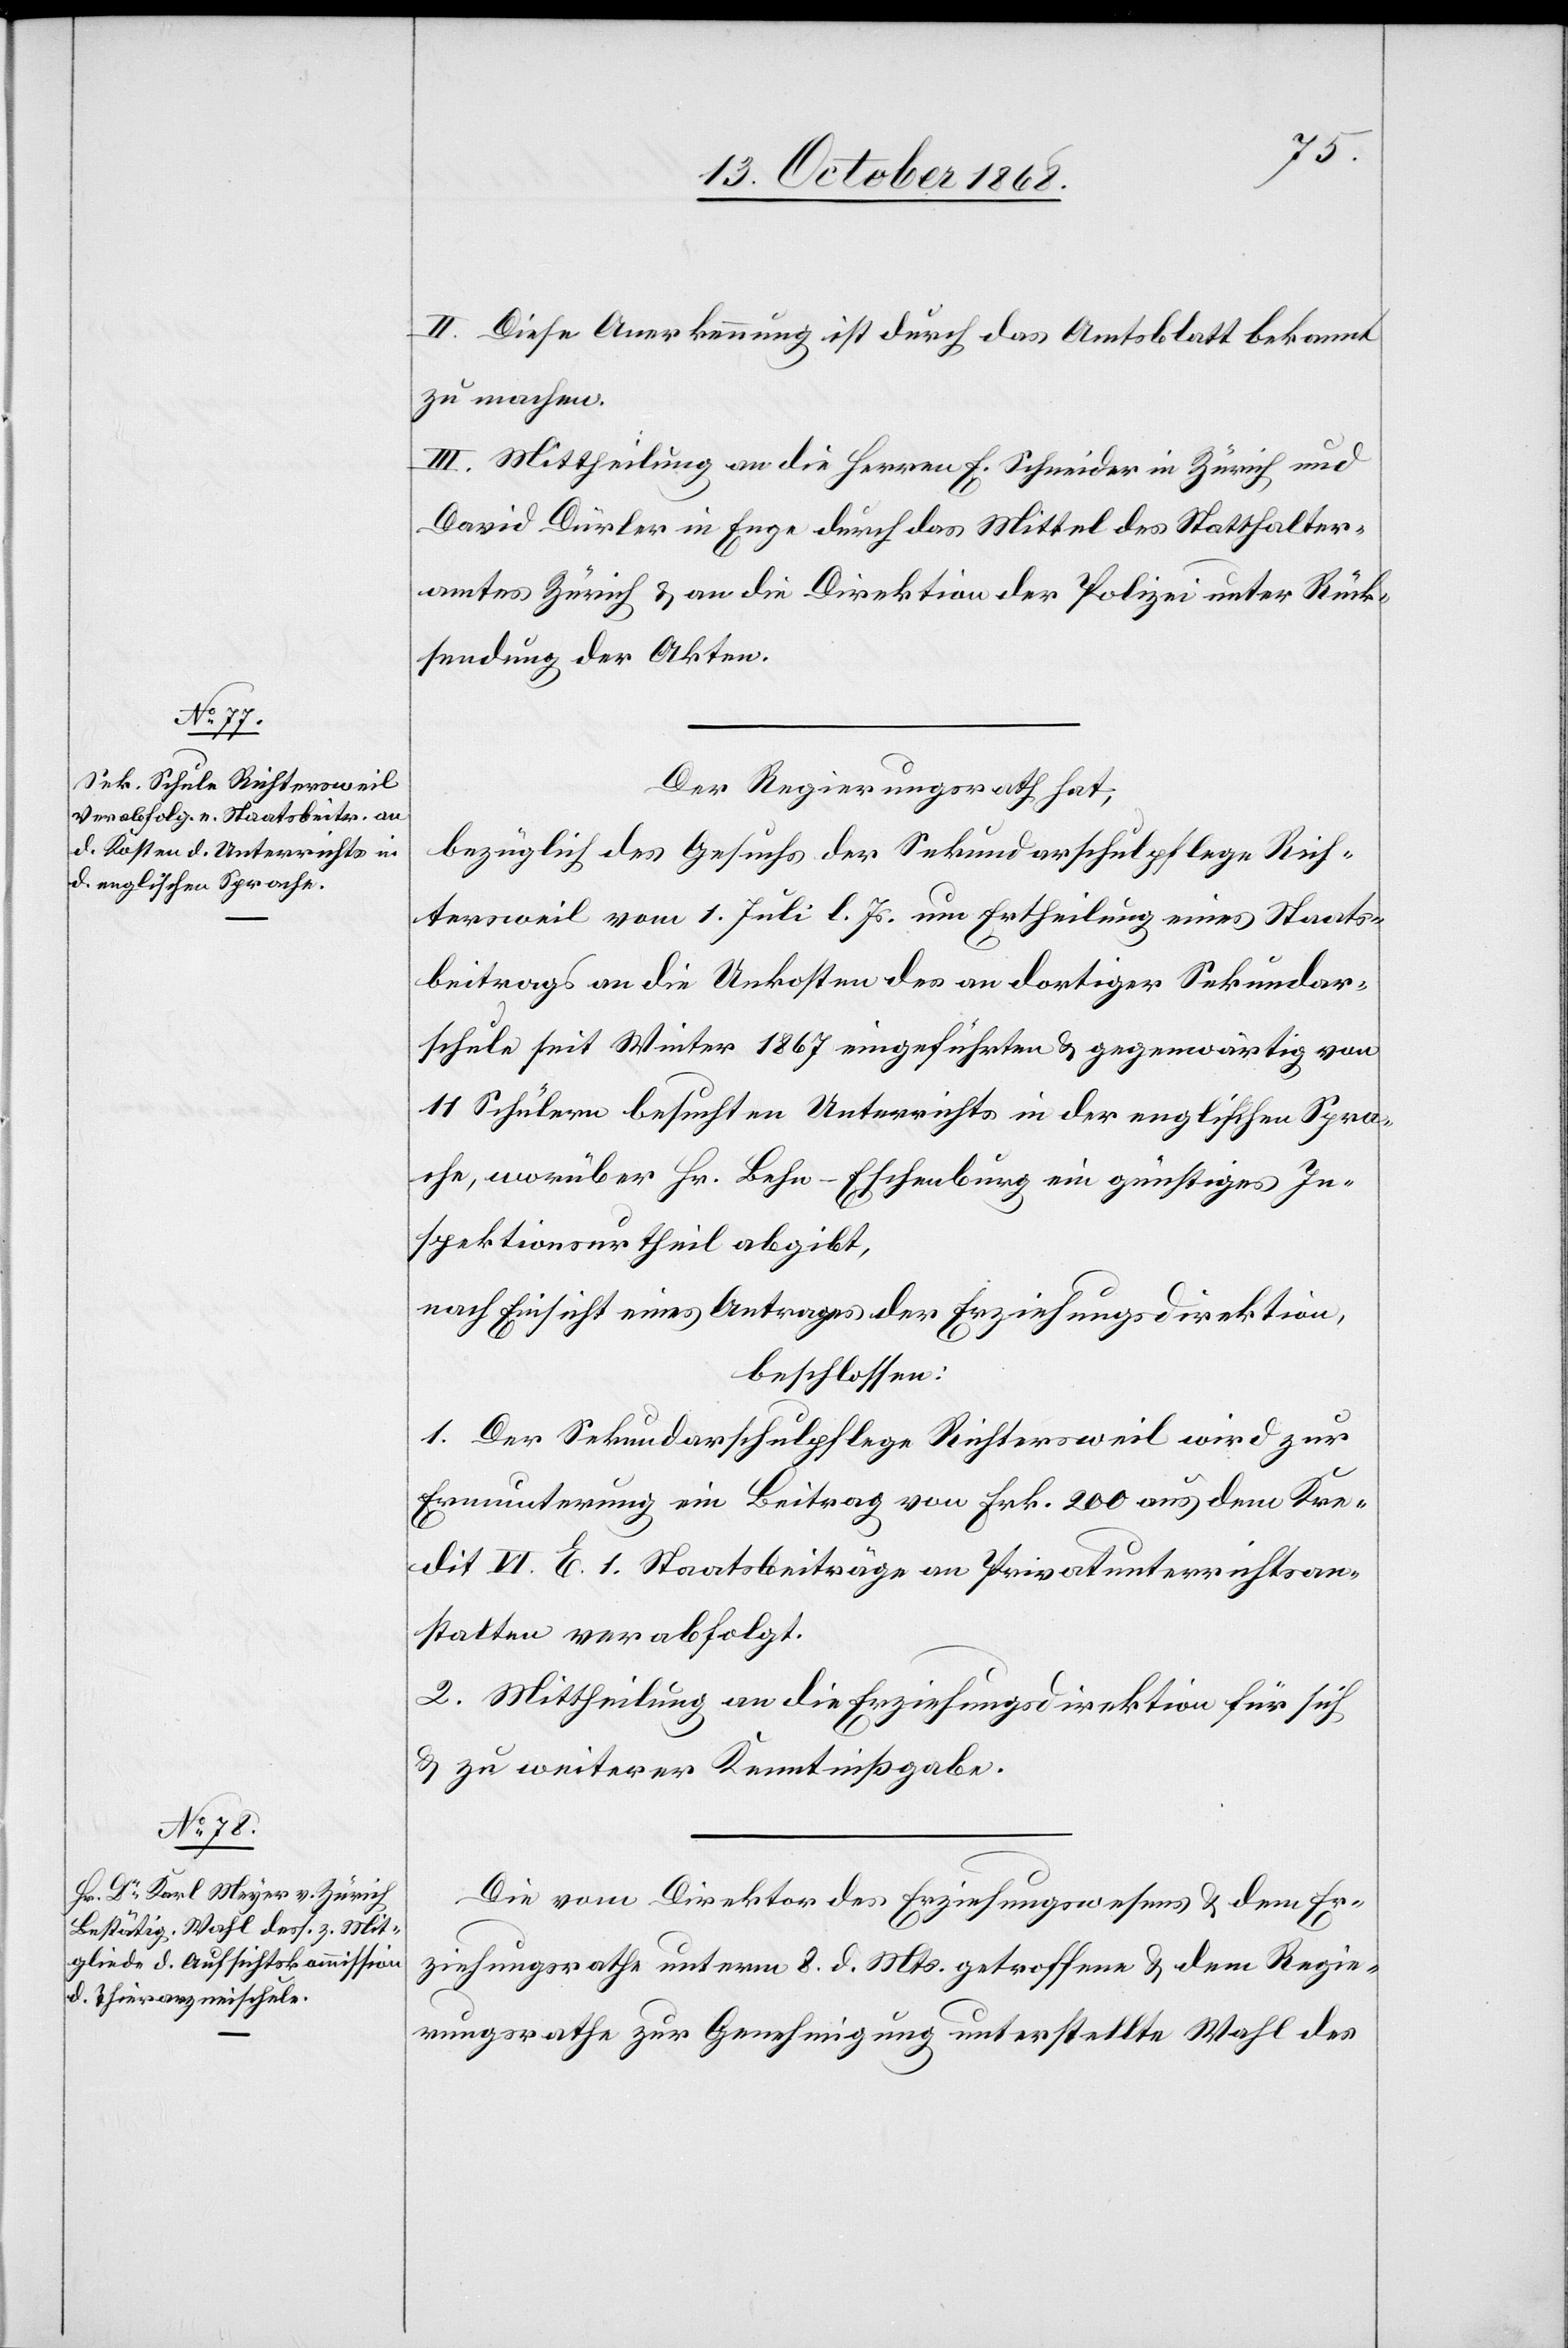
II. Diese Anerkennung ist durch das Amtsblatt bekannt
zu machen.
III. Mittheilung an die Herren E. Schneider in Zürich und
David Dürler in Enge durch das Mittel des Statthalter¬
amtes Zürich & an die Direktion der Polizei unter Rück¬
sendung der Akten.
Der Regierungsrath hat,
bezüglich des Gesuchs der Sekundarschulpflege Rich¬
tersweil vom 1. Juli l. Js. um Ertheilung eines Staats¬
beitrags an die Unkosten des an dortiger Sekundar¬
schule seit Winter 1867 eingeführten & gegenwärtig von
11 Schülern besuchten Unterrichts in der englischen Spra¬
che, worüber Hr. Behn-Eschenburg ein günstiges In¬
spektionsurtheil abgibt,
nach Einsicht eines Antrages der Erziehungsdirektion,
beschlossen:
1. Der Sekundarschulpflege Richtersweil wird zur
Ermunterung ein Beitrag von Frk. 200 aus dem Kre¬
dit VI. E. 1. Staatsbeiträge an Privatunterrichtsan¬
stalten verabfolgt.
2. Mittheilung an die Erziehungsdirektion für sich
& zu weiterer Kenntnißgabe.
Die vom Direktor des Erziehungswesens & dem Er¬
ziehungsrathe unterm 8. d. Mts. getroffene & dem Regie¬
rungsrathe zur Genehmigung unterstellte Wahl des